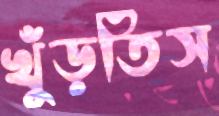
খুঁড়তিস